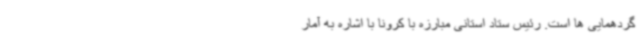
گردهمایی ها است. رئیس ستاد استانی مبارزه با کرونا با اشاره به آمار